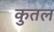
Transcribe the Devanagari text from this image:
कुतल